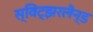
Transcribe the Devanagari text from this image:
स्विट्झरलैन्ड